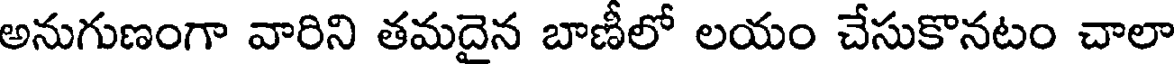
అనుగుణంగా వారిని తమదైన బాణీలో లయం చేసుకొనటం చాలా